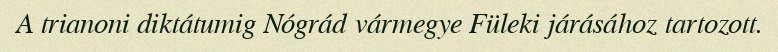
A trianoni diktátumig Nógrád vármegye Füleki járásához tartozott.